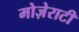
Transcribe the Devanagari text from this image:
मोज़ेराटी